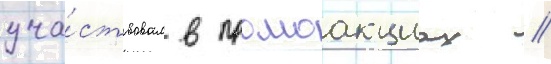
уча́ствовал в промоакциах /